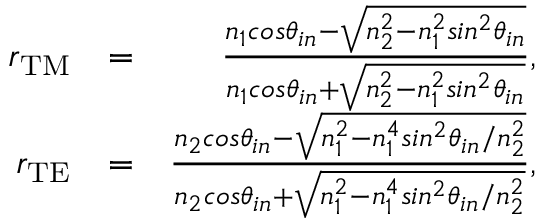
\begin{array} { r l r } { r _ { \mathrm { T M } } } & { = } & { \frac { n _ { 1 } c o s \theta _ { i n } - \sqrt { n _ { 2 } ^ { 2 } - n _ { 1 } ^ { 2 } s i n ^ { 2 } \theta _ { i n } } } { n _ { 1 } c o s \theta _ { i n } + \sqrt { n _ { 2 } ^ { 2 } - n _ { 1 } ^ { 2 } s i n ^ { 2 } \theta _ { i n } } } , } \\ { r _ { \mathrm { T E } } } & { = } & { \frac { n _ { 2 } c o s \theta _ { i n } - \sqrt { n _ { 1 } ^ { 2 } - n _ { 1 } ^ { 4 } s i n ^ { 2 } \theta _ { i n } / n _ { 2 } ^ { 2 } } } { n _ { 2 } c o s \theta _ { i n } + \sqrt { n _ { 1 } ^ { 2 } - n _ { 1 } ^ { 4 } s i n ^ { 2 } \theta _ { i n } / n _ { 2 } ^ { 2 } } } , } \end{array}